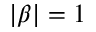
| \beta | = 1